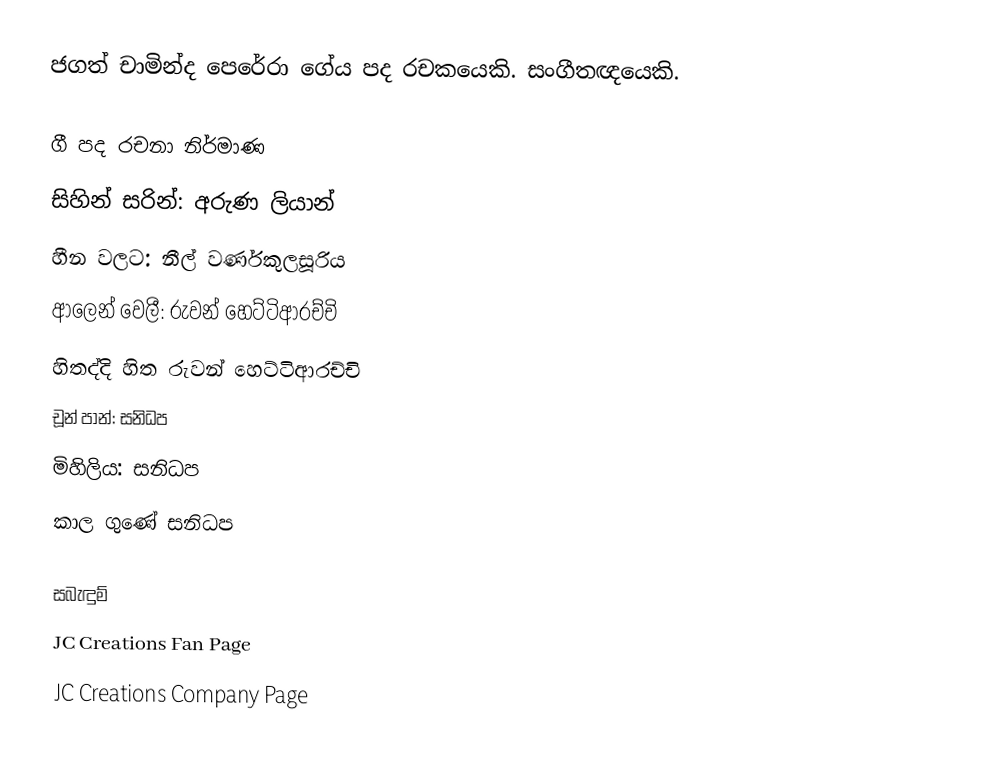
ජගත් චාමින්ද පෙරේරා ගේය පද රචකයෙකි. සංගීතඥයෙකි.

ගී පද රචනා නිර්මාණ
සිහින් සරින්: අරුණ ලියාන්
හීන වලට: නීල් වර්ණකුලසූරිය
ආලෙන් වෙලී: රුවන් හෙට්ටිආරච්චි
හිතද්දි හිත රුවන් හෙට්ටිආරච්චි
චූන් පාන්: සනිධප
මිහිලිය: සනිධප
කාල ගුණේ සනිධප

සබැඳුම්
JC Creations Fan Page
JC Creations Company Page